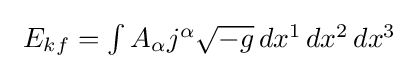
{\textstyle ~E_{kf}=\int A_{\alpha }j^{\alpha }{\sqrt {-g}}\,dx^{1}\,dx^{2}\,dx^{3}}